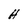
Character: H